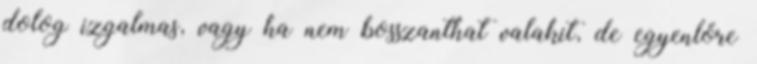
dolog izgalmas, vagy ha nem bosszanthat valakit, de egyenlőre